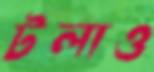
টলাও